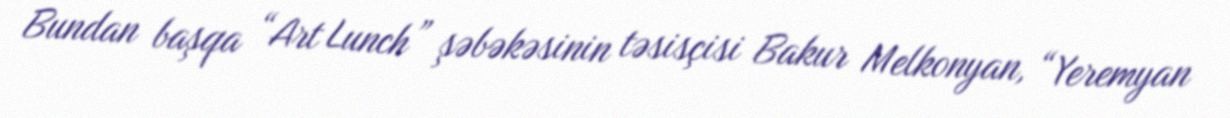
Bundan başqa “Art Lunch” şəbəkəsinin təsisçisi Bakur Melkonyan, “Yeremyan